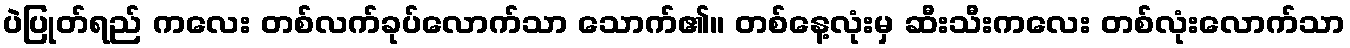
ပဲပြုတ်ရည် ကလေး တစ်လက်ခုပ်လောက်သာ သောက်၏။ တစ်နေ့လုံးမှ ဆီးသီးကလေး တစ်လုံးလောက်သာ